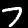
Label: 7